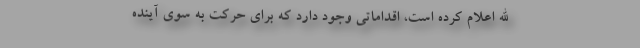
الله اعلام کرده است، اقداماتی وجود دارد که برای حرکت به سوی آینده